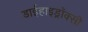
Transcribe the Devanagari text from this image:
डाईहाइड्रॉक्सी